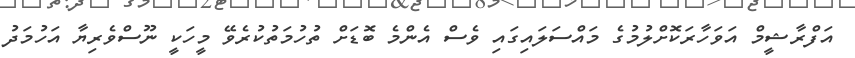
އަފްރާޝީމް އަވަހާރަކޮށްލުމުގެ މައްސަލައިގައި ވެސް އެންމެ ބޮޑަށް ތުހުމަތުކުރެވޭ މީހަކީ ނޫސްވެރިޔާ އަހުމަދު